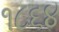
૧૮૬૪